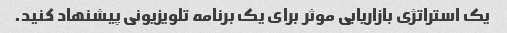
یک استراتژی بازاریابی موثر برای یک برنامه تلویزیونی پیشنهاد کنید.